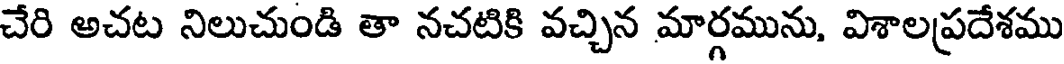
చేరి అచట నిలుచుండి తా నచటికి వచ్చిన మార్గమును, విశాలప్రదేశము